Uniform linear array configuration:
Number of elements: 12
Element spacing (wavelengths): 0.5
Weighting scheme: binomial
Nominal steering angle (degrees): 0
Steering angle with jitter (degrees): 1.178
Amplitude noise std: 0.05
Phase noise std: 0.05

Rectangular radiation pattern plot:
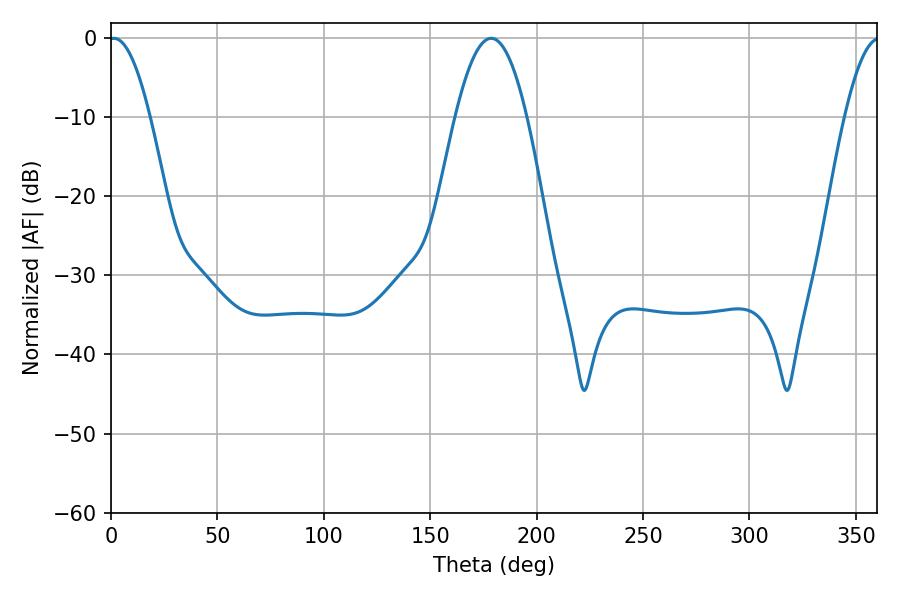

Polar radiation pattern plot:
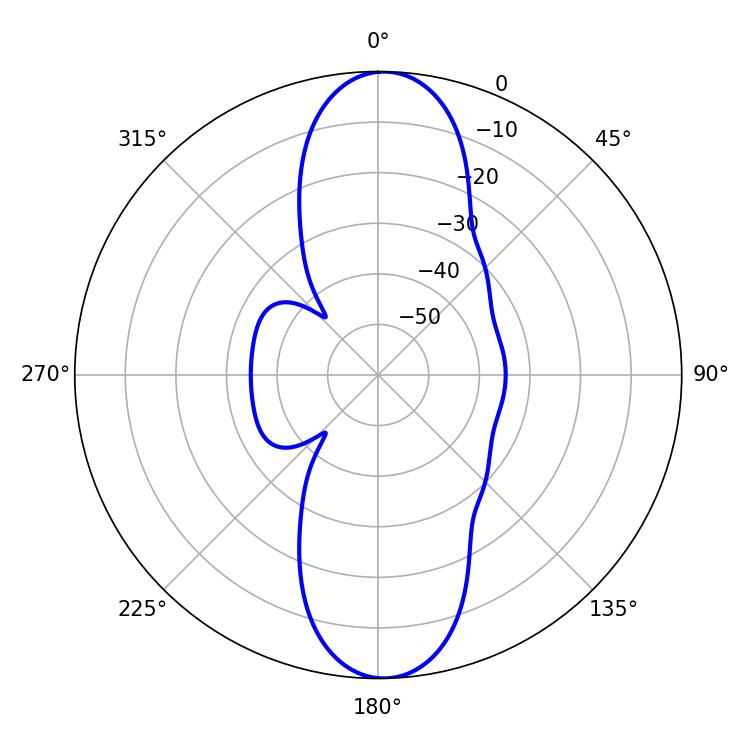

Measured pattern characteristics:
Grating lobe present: FALSE
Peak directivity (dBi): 20.459
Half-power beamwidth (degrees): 10.62
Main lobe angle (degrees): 1.44